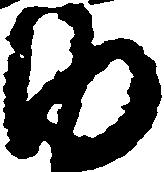
内